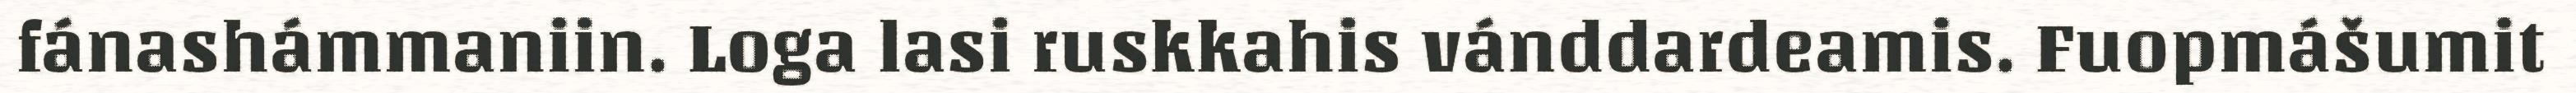
fánashámmaniin. Loga lasi ruskkahis vánddardeamis. Fuopmášumit